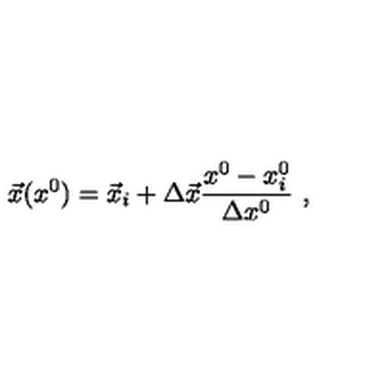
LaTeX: \vec { x } ( x ^ { 0 } ) = \vec { x } _ { i } + \Delta \vec { x } \frac { x ^ { 0 } - x _ { i } ^ { 0 } } { \Delta x ^ { 0 } } \ ,